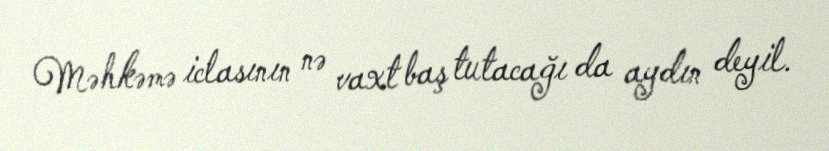
Məhkəmə iclasının nə vaxt baş tutacağı da aydın deyil.